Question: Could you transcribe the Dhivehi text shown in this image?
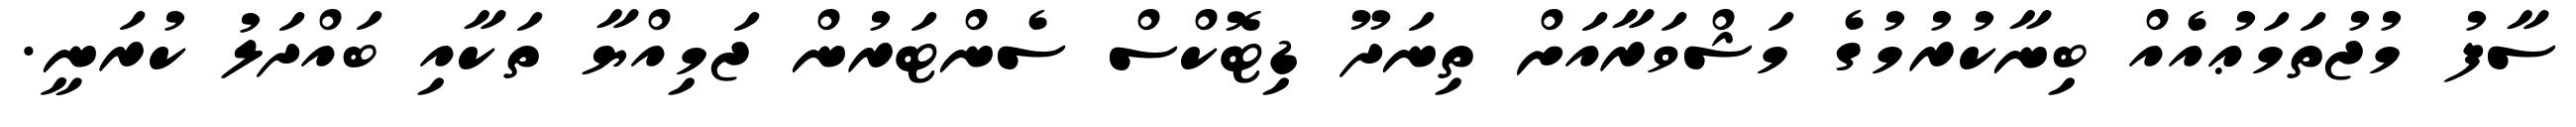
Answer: ސާފު މުޖުތަމަޢުއެއް ބިނާކުރުމުގެ މަޝްވަރާއަށް ތިނަދޫ ޑިޓޮކްސް ސެންޓަރުން ޖަމިއްޔާ ތަކާއި ބައްދަލު ކުރަނީ.